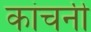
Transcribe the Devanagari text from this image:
कांचनी